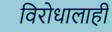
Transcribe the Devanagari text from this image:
विरोधालाही